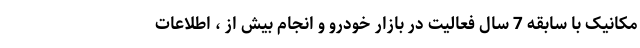
مکانیک با سابقه 7 سال فعالیت در بازار خودرو و انجام بیش از ، اطلاعات